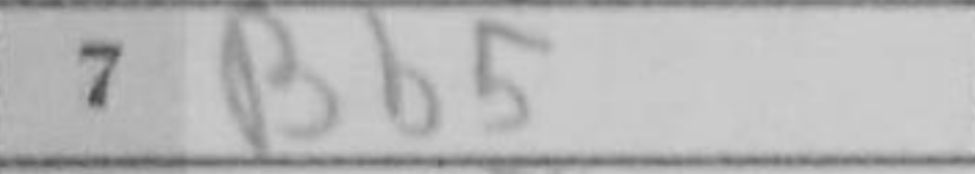
Transcription: Bb5